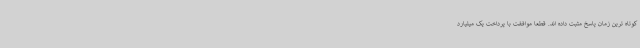
کوتاه ترین زمان پاسخ مثبت داده اند. قطعا موافقت با پرداخت یک میلیارد